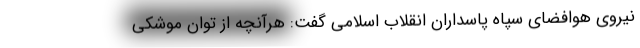
نیروی هوافضای سپاه پاسداران انقلاب اسلامی گفت: هرآنچه از توان موشکی